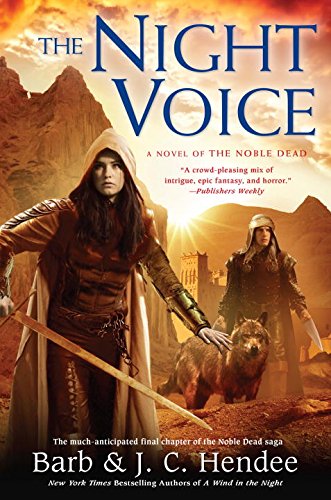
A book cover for The Night Voice: A Novel of the Noble Dead; Barb Hendee; Science Fiction & Fantasy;